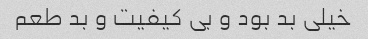
خیلی بد بود و بی کیفیت و بد طعم